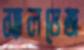
স্যালভেজ